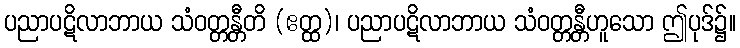
ပညာပဋိလာဘာယ သံဝတ္တန္တီတိ (ဧတ္ထ)၊ ပညာပဋိလာဘာယ သံဝတ္တန္တီဟူသော ဤပုဒ်၌။